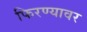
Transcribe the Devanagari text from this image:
फिरण्यावर